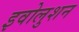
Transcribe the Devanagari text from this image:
इवोलुशन